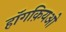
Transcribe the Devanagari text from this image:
हॉंगक़ियओ